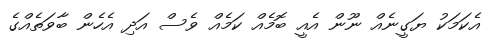
އެކަމަކު ޔަގީނެއް ނޫން އެއީ ބޮމެއް ކަމެއް ވެސް އަދި އެހެން ބާވަތެއްގެ